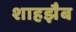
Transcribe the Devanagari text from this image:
शाहझैब